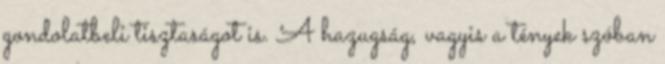
gondolatbeli tisztaságot is. A hazugság, vagyis a tények szóban